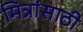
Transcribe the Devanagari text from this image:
मित्रांसाठी